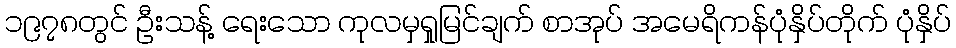
၁၉၇၈တွင် ဦးသန့် ရေးသော ကုလမှရှုမြင်ချက် စာအုပ် အမေရိကန်ပုံနှိပ်တိုက် ပုံနှိပ်